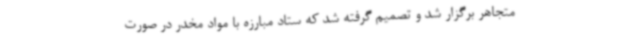
متجاهر برگزار شد و تصمیم گرفته شد که ستاد مبارزه با مواد مخدر در صورت